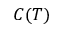
C ( T )